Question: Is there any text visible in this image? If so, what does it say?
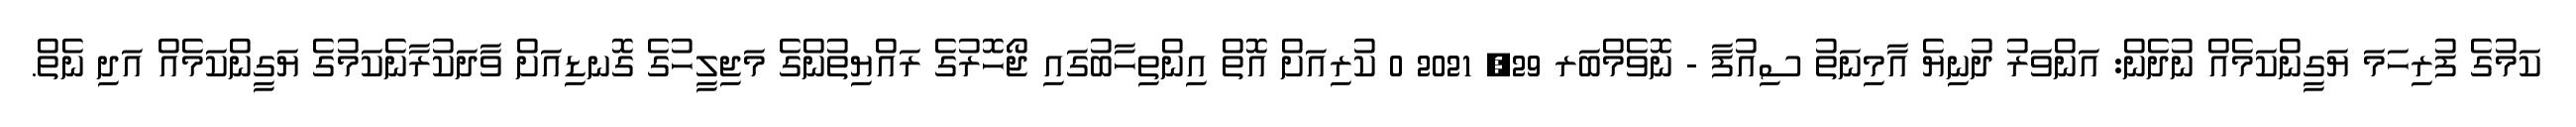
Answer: ކަމުގެ ފުރިހަމަ ޔަގީންކަމެއް ނުދެން: އަންވަރު ދުނިޔެ އާމިނަތު ސިއުފާ - ނޮވެމްބަރ 29, 2021 0 ކުރިއަށް އޮތް އިންތިހާބުގައި ޖޯހޮރުގެ ރައްޔިތުންގެ މަޖިލީހުގެ ގޮނޑިއަށް ވާދަކުރާނެކަމުގެ ޔަގީންކަމެއް އަދި ނެތް.